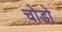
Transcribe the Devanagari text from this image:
चोडो